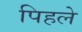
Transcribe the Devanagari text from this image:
पिहले